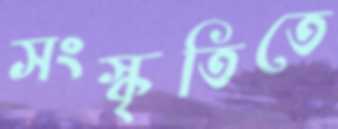
সংস্কৃতিতে